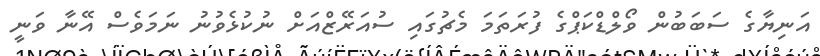
އަނިޔާގެ ސަބަބުން ވޯލްޑްކަޕްގެ ފުރަތަމަ މެޗުގައި ސުއަރޭޒްއަށް ނުކުޅެވުނު ނަމަވެސް އޭނާ ވަނީ